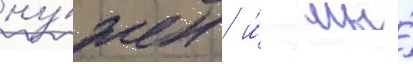
ну́жен / и́ мы́